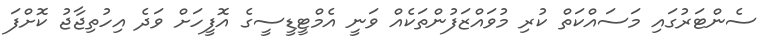
ސެންޓަރުގައި މަސައްކަތް ކުރި މުވައްޒަފުންތަކެއް ވަނީ އެމްޓީޑީސީގެ އޮފީހަށް ވަދެ އިހުތިޖާޖު ކޮށްފަ